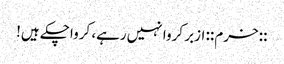
::خرم:: ازبر کروا نہیں‌رہے، کرواچکے ہیں!